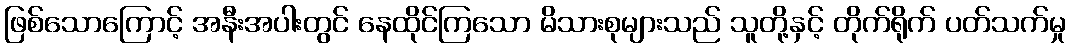
ဖြစ်သောကြောင့် အနီးအပါးတွင် နေထိုင်ကြသော မိသားစုများသည် သူတို့နှင့် တိုက်ရိုက် ပတ်သက်မှု